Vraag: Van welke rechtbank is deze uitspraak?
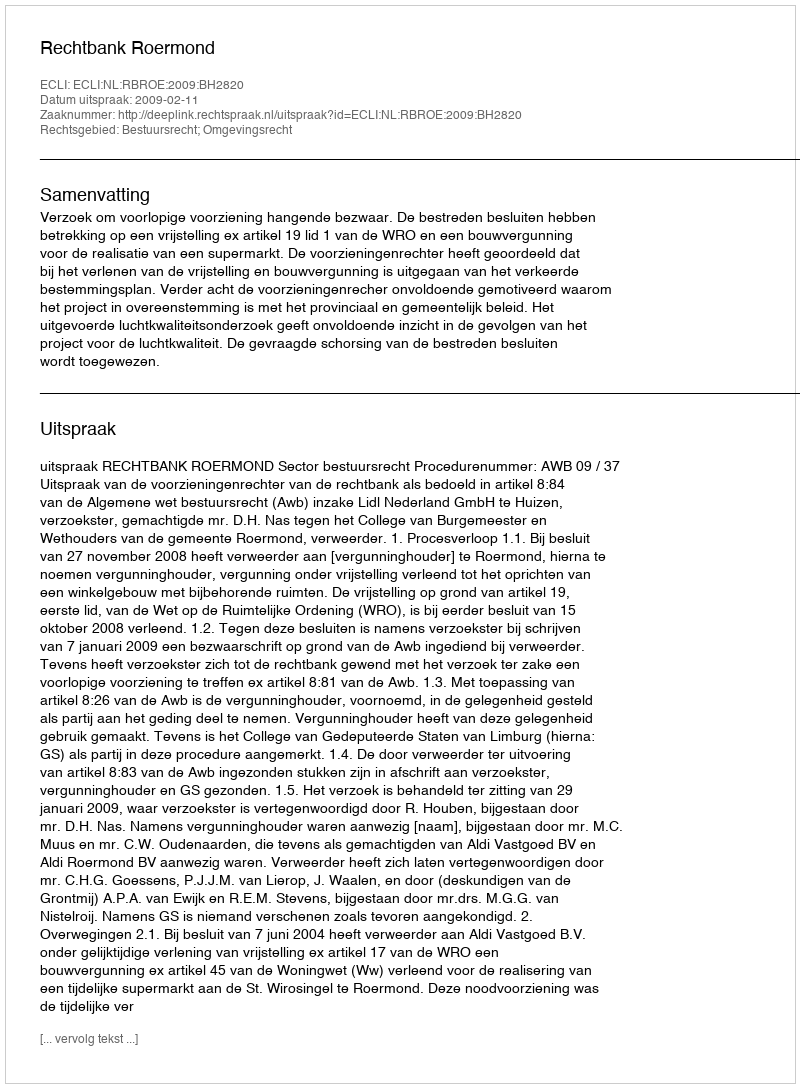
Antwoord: Rechtbank Roermond